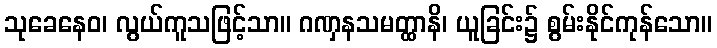
သုခေနေဝ၊ လွယ်ကူသဖြင့်သာ။ ဂဏှနသမတ္ထာနိ၊ ယူခြင်း၌ စွမ်းနိုင်ကုန်သော။